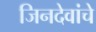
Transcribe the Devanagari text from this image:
जिनदेवांचे